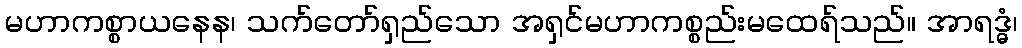
မဟာကစ္စာယနေန၊ သက်တော်ရှည်သော အရှင်မဟာကစ္စည်းမထေရ်သည်။ အာရဒ္ဓံ၊